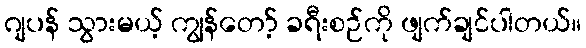
ဂျပန် သွားမယ့် ကျွန်တော့် ခရီးစဉ်ကို ဖျက်ချင်ပါတယ်။